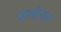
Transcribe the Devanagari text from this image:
प्राचीनत